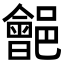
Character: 𨞡